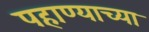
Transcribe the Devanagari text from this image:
पहाण्याच्या